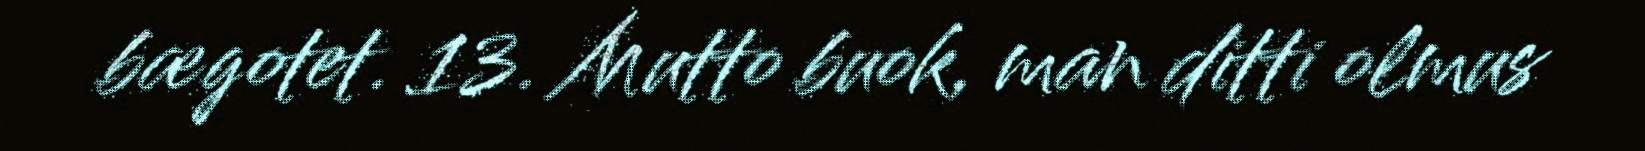
bægotet. 13. Mutto buok, man ditti olmus